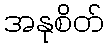
အနုစိတ်